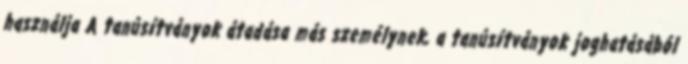
használja A tanúsítványok átadása más személynek, a tanúsítványok joghatásából